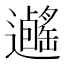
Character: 𨙃